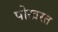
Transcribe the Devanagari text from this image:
पोखरत